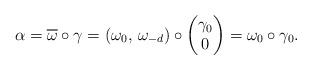
LaTeX: \begin{align*} \alpha=\overline{\omega}\circ\gamma=(\omega_0,\,\omega_{-d})\circ \begin{pmatrix}\gamma_0\\0\end{pmatrix}=\omega_0\circ\gamma_0.\end{align*}